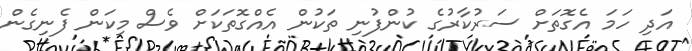
އަދި ހަމަ އެގޮތަށް ސަރުކާރުގެ ކުންފުނި ތަކުން އެއްގޮތަކަށް ވެސް މިކަން ފެނިގެން